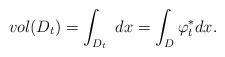
LaTeX: \begin{align*} vol(D_t)=\int_{D_t}~dx=\int_D\varphi^*_tdx.\end{align*}